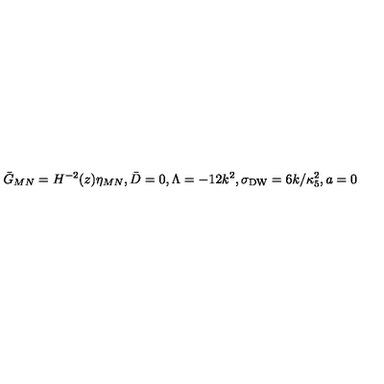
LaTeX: { \bar { G } } _ { M N } = H ^ { - 2 } ( z ) \eta _ { M N } , \bar { D } = 0 , \Lambda = - 1 2 k ^ { 2 } , \sigma _ { \mathrm { D W } } = 6 k / \kappa _ { 5 } ^ { 2 } , a = 0